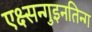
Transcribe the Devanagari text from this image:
एक्ष्सन्गुइनतिन्ग